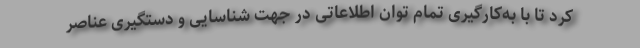
کرد تا با به‌کارگیری تمام توان اطلاعاتی در جهت شناسایی و دستگیری عناصر